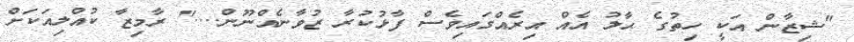
"ޝިޒާން އަކީ ހިތުގެ ޙާލު އެއް އިރެއްގައިވެސް ފާޅުކުރާ ޒުވާނެއްނޫން...." ރާމިޒާ ކުއްލިއަކަށް